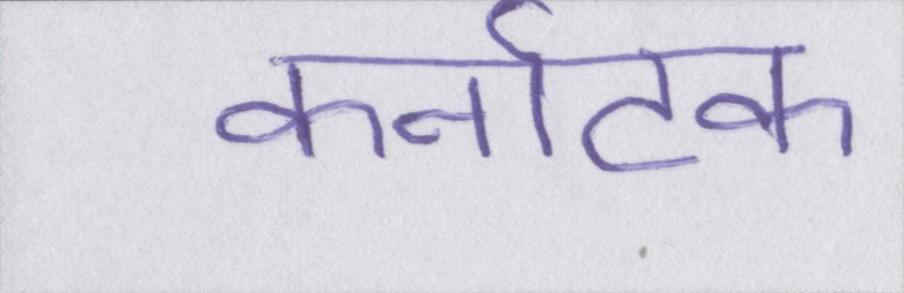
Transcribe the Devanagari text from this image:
कर्नाटक